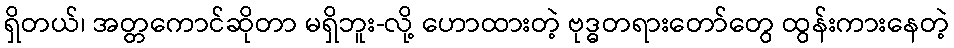
ရှိတယ်၊ အတ္တကောင်ဆိုတာ မရှိဘူး-လို့ ဟောထားတဲ့ ဗုဒ္ဓတရားတော်တွေ ထွန်းကားနေတဲ့